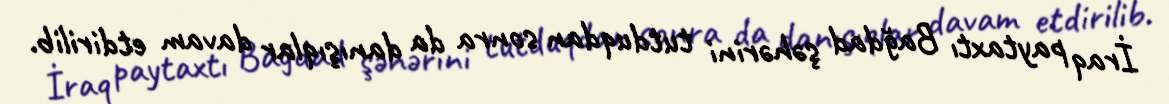
İraq paytaxtı Bağdad şəhərini tutduqdan sonra da danışıqlar davam etdirilib.